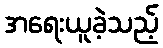
အရေးယူခဲ့သည့်